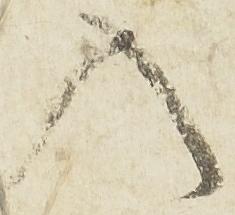
入